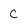
Character: C